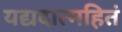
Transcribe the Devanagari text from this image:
यद्यदात्महितं